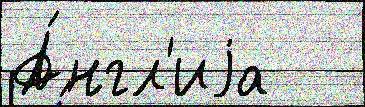
А́нгл'иjа